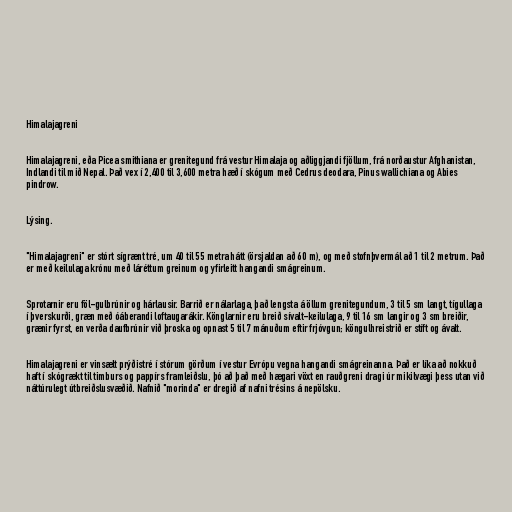
Himalajagreni

Himalajagreni, eða Picea smithiana er grenitegund frá vestur Himalaja og aðliggjandi fjöllum, frá norðaustur Afghanistan,
Indlandi til mið Nepal. Það vex í 2,400 til 3,600 metra hæð í skógum með Cedrus deodara, Pinus wallichiana og Abies
pindrow.

Lýsing.

"Himalajagreni" er stórt sígrænt tré, um 40 til 55 metra hátt (örsjaldan að 60 m), og með stofnþvermál að 1 til 2 metrum. Það
er með keilulaga krónu með láréttum greinum og yfirleitt hangandi smágreinum.

Sprotarnir eru föl-gulbrúnir og hárlausir. Barrið er nálarlaga, það lengsta á öllum grenitegundum, 3 til 5 sm langt, tígullaga
í þverskurði, græn með óáberandi loftaugarákir. Könglarnir eru breið sívalt-keilulaga, 9 til 16 sm langir og 3 sm breiðir,
grænir fyrst, en verða daufbrúnir við þroska og opnast 5 til 7 mánuðum eftir frjóvgun; köngulhreistrið er stíft og ávalt.

Himalajagreni er vinsælt prýðistré í stórum görðum í vestur Evrópu vegna hangandi smágreinanna. Það er líka að nokkuð
haft í skógrækt til timburs og pappírs framleiðslu, þó að það með hægari vöxt en rauðgreni dragi úr mikilvægi þess utan við
náttúrulegt útbreiðslusvæðið. Nafnið "morinda" er dregið af nafni trésins á nepölsku.